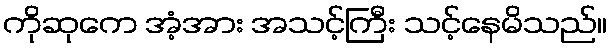
ကိုဆုကေ အံ့အား အသင့်ကြီး သင့်နေမိသည်။